system: You are a helpful assistant.
user:
Analyze the provided spectrum to determine if it is a **"Cataclysmic Variables (CV)"**.

- **Key Indicators for CV (Check for either state):**
    - **State 1: Quiescent / Low-State (Emission-Dominated)**
        - **(Primary):** Strong and *very broad* Hydrogen Balmer emission lines (e.g., $H\alpha$ at 6563 Å, $H\beta$ at 4861 Å). The 'broadness' (high velocity dispersion, often FWHM > 1000 km/s) is the key diagnostic, indicating a high-velocity accretion disk.
        - **(Secondary):** Broad neutral Helium (He I) emission lines (e.g., 5876 Å, 6678 Å).
        - **(Key Confirmation):** Presence of high-excitation *ionized* Helium (He II) emission at 4686 Å. This is a strong indicator of accretion onto a white dwarf.
        - **(Line Profile):** Emission lines may exhibit a 'double-peaked' profile, which is a classic signature of a rotating accretion disk viewed at high inclination.

    - **State 2: Outburst / High-State (Absorption-Dominated)**
        - **(Primary):** Spectrum is dominated by a bright, blue continuum (looks like a hot star).
        - **(Secondary):** The emission lines from State 1 are weak, absent, or 'filled in', and are replaced by broad, shallow *absorption* lines (primarily Balmer and He I).
        - **(Morphology):** The overall spectrum mimics a hot B/A-type star. The crucial difference is that the absorption lines are significantly broader, shallower, and more 'washed-out' (or 'smeared') than the sharp lines of a normal stellar photosphere, due to high rotational speeds and pressure broadening in the disk.

Think first, call **spectral_visualization_tool** if needed to examine features in detail, then provide your final answer. Your response must adhere to the following strict rules:
1.  **Overall Structure:** Your response must follow the format `<think>...</think> <tool_call>...</tool_call> (if a tool is used) <answer>...</answer>`.
2.  **Tool Usage Constraint:** You may only make **one** tool call per turn.
3.  **Final Answer Format:** In the `<answer>` tag, your conclusion must be inside a `\boxed{}` command (e.g., `\boxed{YES}`), followed by your justification.

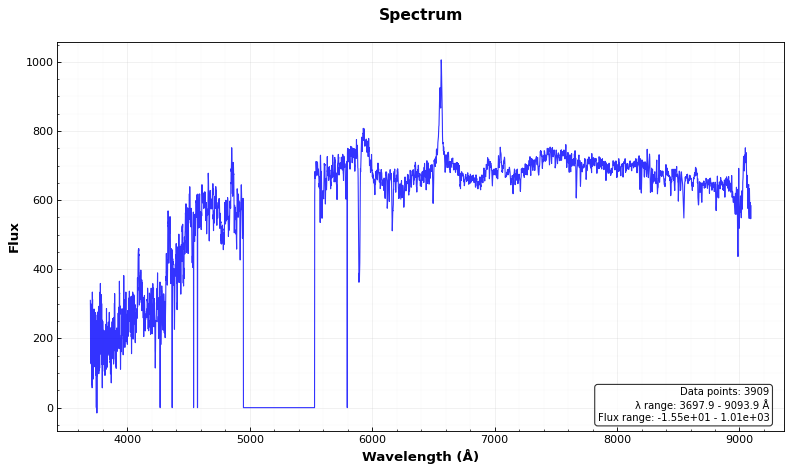
Answer: YES